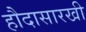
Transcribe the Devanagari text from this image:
हौदासारखी